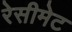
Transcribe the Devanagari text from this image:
रेसीमेट